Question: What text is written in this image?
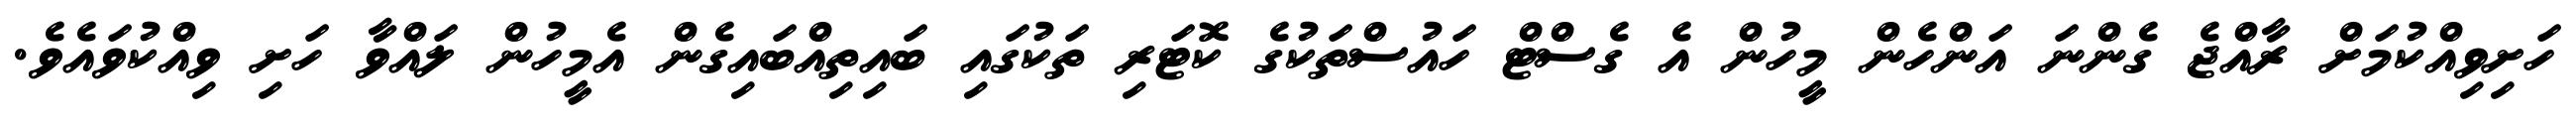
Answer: ހަށިވިއްކުމަށް ރާއްޖެ ގެންނަ އަންހެން މީހުން އެ ގެސްޓް ހައުސްތަކުގެ ކޮޓަރި ތަކުގައި ބައިތިއްބައިގެން އެމީހުން ލައްވާ ހަށި ވިއްކުވައެވެ.